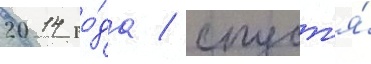
2014 го́да / спуст'я́